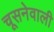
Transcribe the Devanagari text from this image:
चूसनेवाली